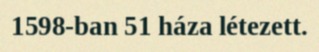
1598-ban 51 háza létezett.